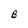
Character: B